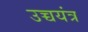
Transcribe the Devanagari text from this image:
उच्चयंत्र